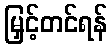
မြှင့်တင်ရန်